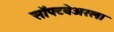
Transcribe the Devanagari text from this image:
सॉफ्टवेअरला